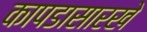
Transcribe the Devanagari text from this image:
कापडासारखे